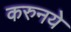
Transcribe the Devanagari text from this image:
करुनये